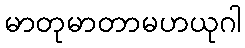
မာတုမာတာမဟယုဂါ